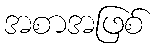
အစာအဖြစ်